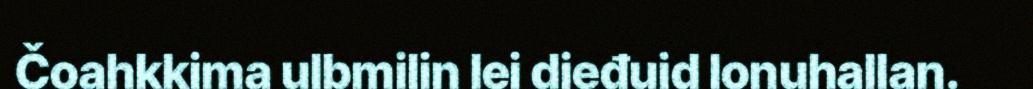
Čoahkkima ulbmilin lei dieđuid lonuhallan.